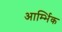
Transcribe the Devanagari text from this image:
आर्म्भिक